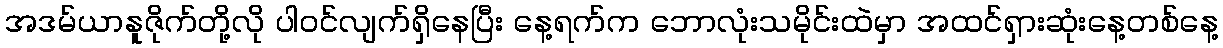
အဒမ်ယာနူဇိုက်တို့လို ပါဝင်လျက်ရှိနေပြီး နေ့ရက်က ဘောလုံးသမိုင်းထဲမှာ အထင်ရှားဆုံးနေ့တစ်နေ့